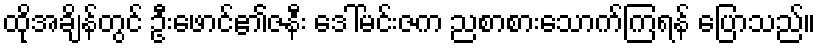
ထိုအချိန်တွင် ဦးဖောင်၏ဇနီး ဒေါ်မင်းဇက ညစာစားသောက်ကြရန် ပြောသည်။